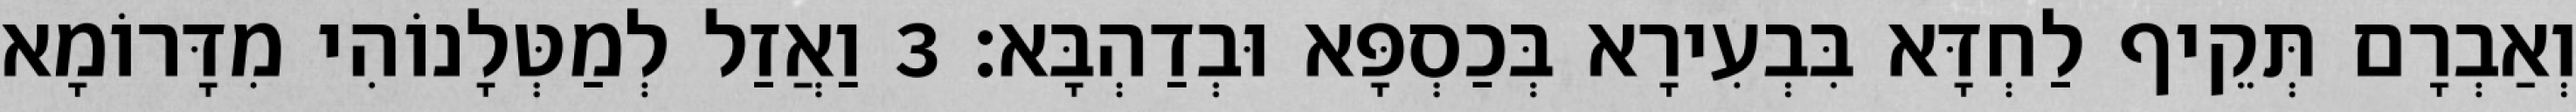
וְאַבְרָם תְּקֵיף לַחְדָּא בִּבְעִירָא בְּכַסְפָּא וּבְדַהְבָּא׃ 3 וַאֲזַל לְמַטְּלָנוֹהִי מִדָּרוֹמָא